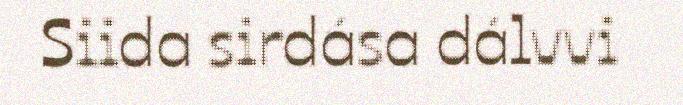
Siida sirdása dálvvi